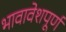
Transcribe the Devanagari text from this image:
भावावेशपूर्ण